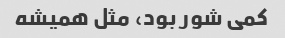
کمی شور بود، مثل همیشه